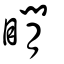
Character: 瞯